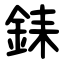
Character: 銇